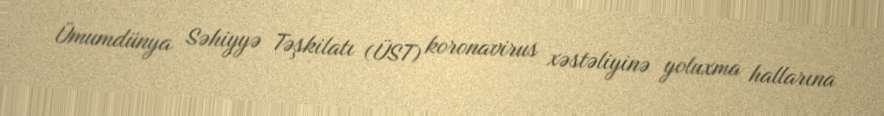
Ümumdünya Səhiyyə Təşkilatı (ÜST) koronavirus xəstəliyinə yoluxma hallarına